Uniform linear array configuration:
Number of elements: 32
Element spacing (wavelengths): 0.5
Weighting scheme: kaiser
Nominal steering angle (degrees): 15
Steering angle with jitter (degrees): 15.838
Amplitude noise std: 0.05
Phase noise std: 0.05

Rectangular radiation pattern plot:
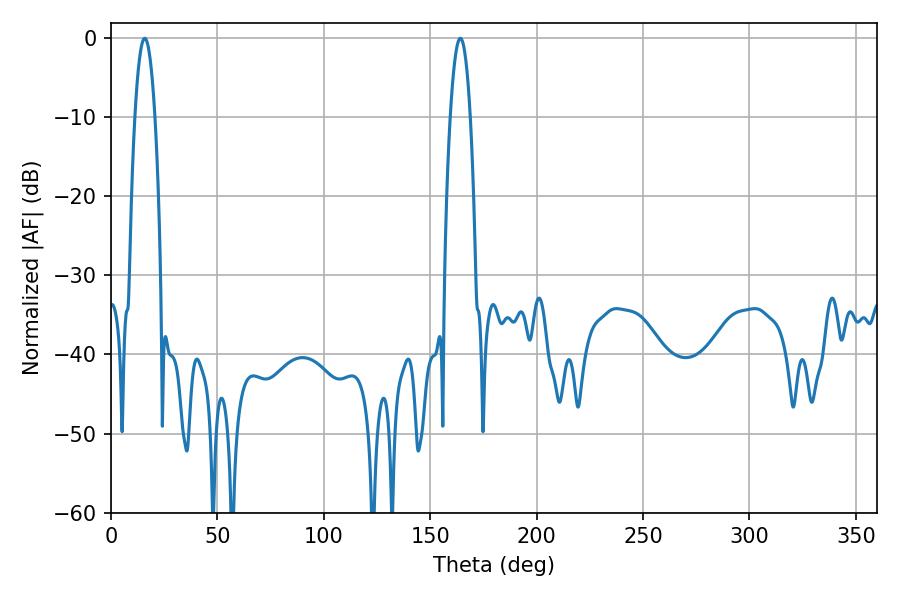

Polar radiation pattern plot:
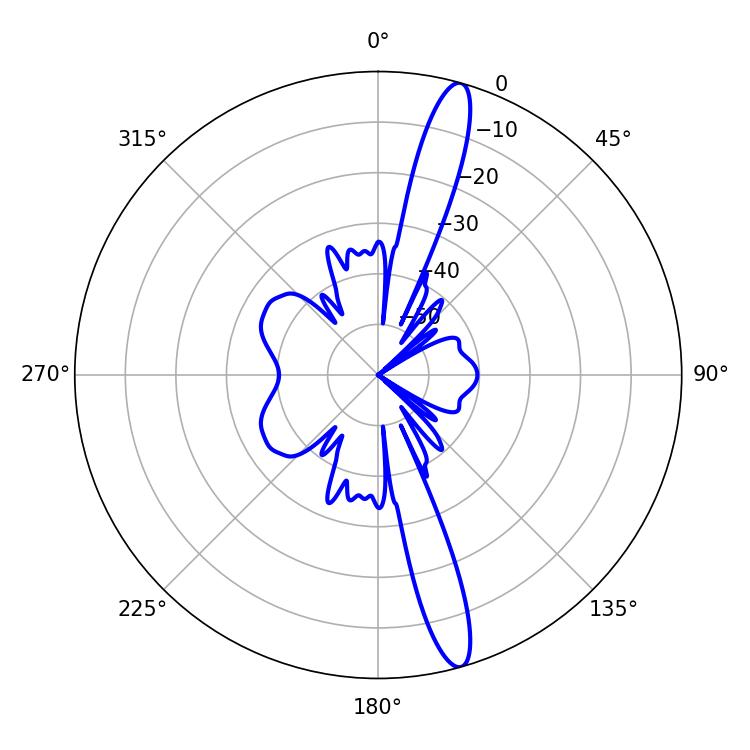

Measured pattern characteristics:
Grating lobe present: FALSE
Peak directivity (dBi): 15.747
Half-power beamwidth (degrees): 5.22
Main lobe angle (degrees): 15.84